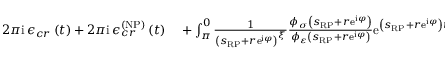
\begin{array} { r l } { 2 \pi \mathrm { i \, } \mathcal { \epsilon } _ { c r } \left( t \right) + 2 \pi \mathrm { i \, } \mathcal { \epsilon } _ { c r } ^ { \left( \mathrm { N P } \right) } \left( t \right) } & { { } + \int _ { \pi } ^ { 0 } \frac { 1 } { \left( s _ { \scriptscriptstyle { \mathrm { R P } } } + r \mathrm { e } ^ { \mathrm { i } \varphi } \right) ^ { \xi } } \frac { \phi _ { \sigma } \left( s _ { \scriptscriptstyle { \mathrm { R P } } } + r \mathrm { e } ^ { \mathrm { i } \varphi } \right) } { \phi _ { \varepsilon } \left( s _ { \scriptscriptstyle { \mathrm { R P } } } + r \mathrm { e } ^ { \mathrm { i } \varphi } \right) } \mathrm { e } ^ { \left( s _ { \scriptscriptstyle { \mathrm { R P } } } + r \mathrm { e } ^ { \mathrm { i } \varphi } \right) t } \mathrm { i } r \mathrm { e } ^ { \mathrm { i } \varphi } \mathrm { d } \varphi } \end{array}